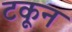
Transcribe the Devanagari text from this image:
टकून